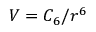
V = { C _ { 6 } } / { r ^ { 6 } }